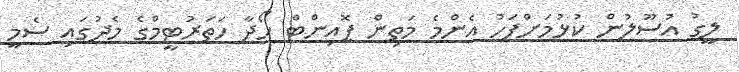
ލީގު އުސޫލުން ކުޅުމަށްފަހު އެންމެ މަތިން ޕޮއިންޓް ހޯދާ ހަތަރުޓީމްގެ މެދުގައި ސެމީ